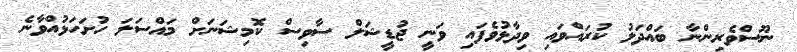
ނޫސްވެރިންނާ ބައްދަލު ކުރައްވައި ވިދާޅުވެފައި ވަނީ ޖުޑީޝަލް ސާވިސް ކޮމިޝަނަށް މައްސަލަ ހުށަހަޅުއްވާނެ